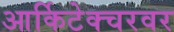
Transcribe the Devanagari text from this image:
आर्किटेक्चरवर